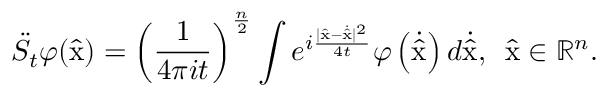
\ddot { S } _ { t } \varphi ( \hat { \mathrm { x } } ) = \left( \frac { 1 } { 4 \pi i t } \right) ^ { \frac { n } { 2 } } \int e ^ { i \frac { | \hat { \mathrm { x } } - \dot { \hat { \mathrm { x } } } | ^ { 2 } } { 4 t } } \varphi \left( \dot { \hat { \mathrm { x } } } \right) d \dot { \hat { \mathrm { x } } } , \enspace \hat { \mathrm { x } } \in \mathbb { R } ^ { n } .